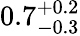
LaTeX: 0.7_{-0.3}^{+0.2}